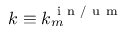
k \equiv k _ { m } ^ { \mathrm { ~ i ~ n ~ / ~ u ~ m ~ } }